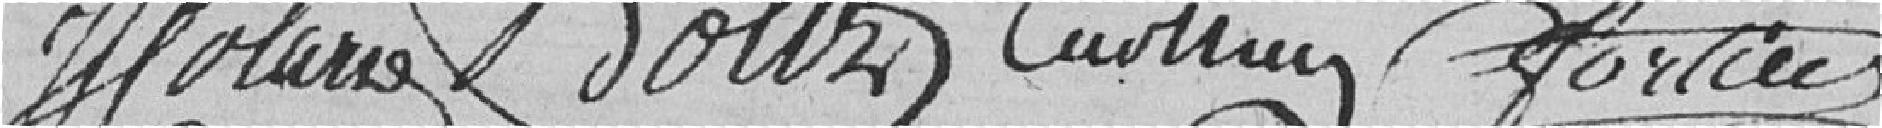
?????      ?????   Curthey   ???????